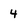
Character: 4